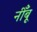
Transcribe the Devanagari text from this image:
नीँबू